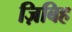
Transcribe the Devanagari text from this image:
ज़िबिह